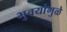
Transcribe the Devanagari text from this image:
भुवयांमुळे